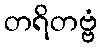
တရိတဗ္ဗံ